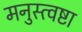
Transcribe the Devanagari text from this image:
मनुस्त्वष्टा